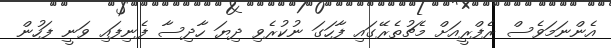
އެންނަމަވެސް ރެފްރީއަށް މެޗުތެރޭގައި ފާހަގަ ނުކުރެވި ދިޔަ ހާދިސާ ފެނިފައި ވަނީ ފަހުން